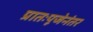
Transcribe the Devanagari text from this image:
प्रातःपूजेनंतर